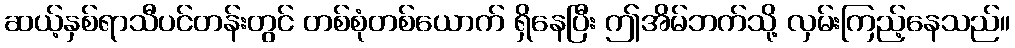
ဆယ့်နှစ်ရာသီပင်တန်းတွင် တစ်စုံတစ်ယောက် ရှိနေပြီး ဤအိမ်ဘက်သို့ လှမ်းကြည့်နေသည်။